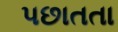
પછાતતા